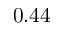
0 . 4 4